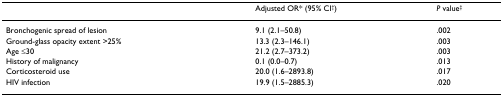
<table><thead><tr><td></td><td><b>Adjusted OR* (95% CI<sup>†</sup>)</b></td><td><b><i>P </i>value<sup>‡</sup></b></td></tr></thead><tbody><tr><td>Bronchogenic spread of lesion</td><td>9.1 (2.1–50.8)</td><td>.002</td></tr><tr><td>Ground-glass opacity extent &gt;25%</td><td>13.3 (2.3–146.1)</td><td>.003</td></tr><tr><td>Age ≤30</td><td>21.2 (2.7–373.2)</td><td>.003</td></tr><tr><td>History of malignancy</td><td>0.1 (0.0–0.7)</td><td>.013</td></tr><tr><td>Corticosteroid use</td><td>20.0 (1.6–2893.8)</td><td>.017</td></tr><tr><td>HIV infection</td><td>19.9 (1.5–2885.3)</td><td>.020</td></tr></tbody></table>